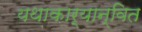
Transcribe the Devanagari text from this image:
यथाकार्यान्वित